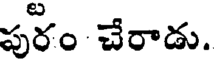
పురం చేరాడు.